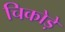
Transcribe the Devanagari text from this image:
चिकोड़े